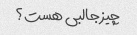
چیز جالبی هست؟